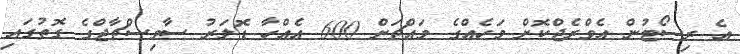
އެ ރިސޯޓުން އެވްރެޖްކޮށް މަހެއްގެ މައްޗަށް 600 އެއްހާ ޑޮލަރު ސާވިސްޗާޖްގެ ގޮތުގައި